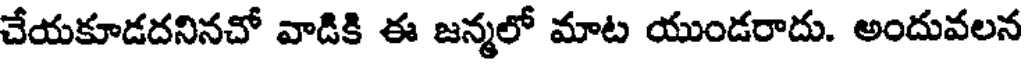
చేయకూడదనినచో వాడికి ఈ జన్మలో మాట యుండరాదు. అందువలన